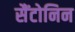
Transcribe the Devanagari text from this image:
सैंटोनिन